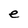
Character: e